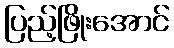
ပြည့်ဖြိုးအောင်